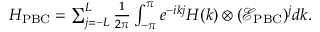
\begin{array} { r } { H _ { \mathrm { P B C } } = \sum _ { j = - L } ^ { L } \frac { 1 } { 2 \pi } \int _ { - \pi } ^ { \pi } e ^ { - i k j } H ( k ) \otimes ( \mathcal { E } _ { \mathrm { P B C } } ) ^ { j } d k . } \end{array}